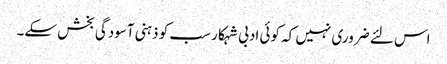
اس لئے ضروری نہیں کہ کوئی ادبی شہکار سب کو ذہنی آسودگی بخش سکے۔